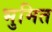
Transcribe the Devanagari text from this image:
भुमित